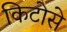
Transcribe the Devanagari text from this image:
किटोसे